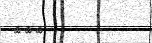
١٣١